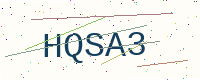
Text: HQSA3